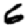
Digit: 6